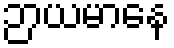
ဉာယမာနေ